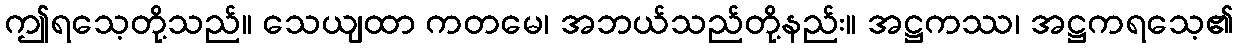
ဤရသေ့တို့သည်။ သေယျထာ ကတမေ၊ အဘယ်သည်တို့နည်း။ အဋ္ဌကဿ၊ အဋ္ဌကရသေ့၏